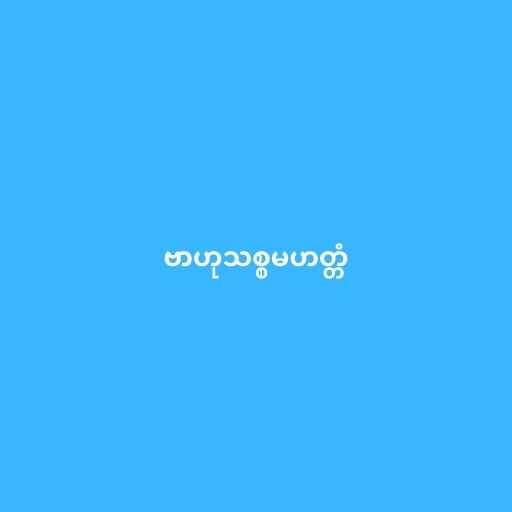
ဗာဟုသစ္စမဟတ္တံ